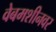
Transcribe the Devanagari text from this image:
वेबमशीनवर